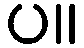
ပ။